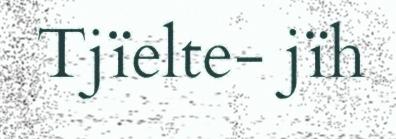
Tjïelte- jïh